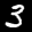
Label: 3